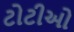
ટોટીઓ